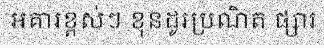
អគារខ្ពស់ៗ ខុនដូរប្រណិត ផ្សារ